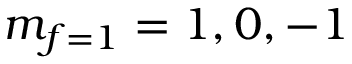
m _ { f = 1 } = 1 , 0 , - 1